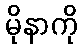
မိုနာကို